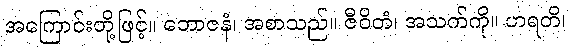
အကြောင်းတို့ဖြင့်။ ဘောဇနံ၊ အစာသည်။ ဇီဝိတံ၊ အသက်ကို။ ဟရတိ၊